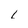
Character: L